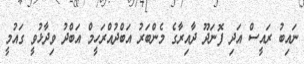
ނައިބު ރައީސް އަދި ފޮނަދޫ ދާއިރާގެ މެންބަރު އަބްދުއްރަހީމް އަބްދު ވިދާޅުވީ ގައުމީ